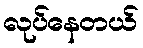
လုပ်နေတယ်